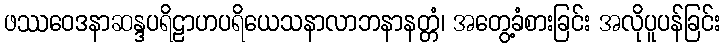
ဖဿဝေဒနာဆန္ဒပရိဠာဟပရိယေသနာလာဘနာနတ္တံ၊ အတွေ့ခံစားခြင်း အလိုပူပန်ခြင်း